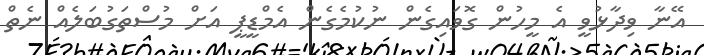
އޭނާ ވިދާޅުވީ އެ މީހުން ގޮވައިގެން ނުކުމެގެން އެމްޑީޕީ އަށް މުސްތަގުބަލެއް ނެތް